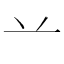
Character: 䒑